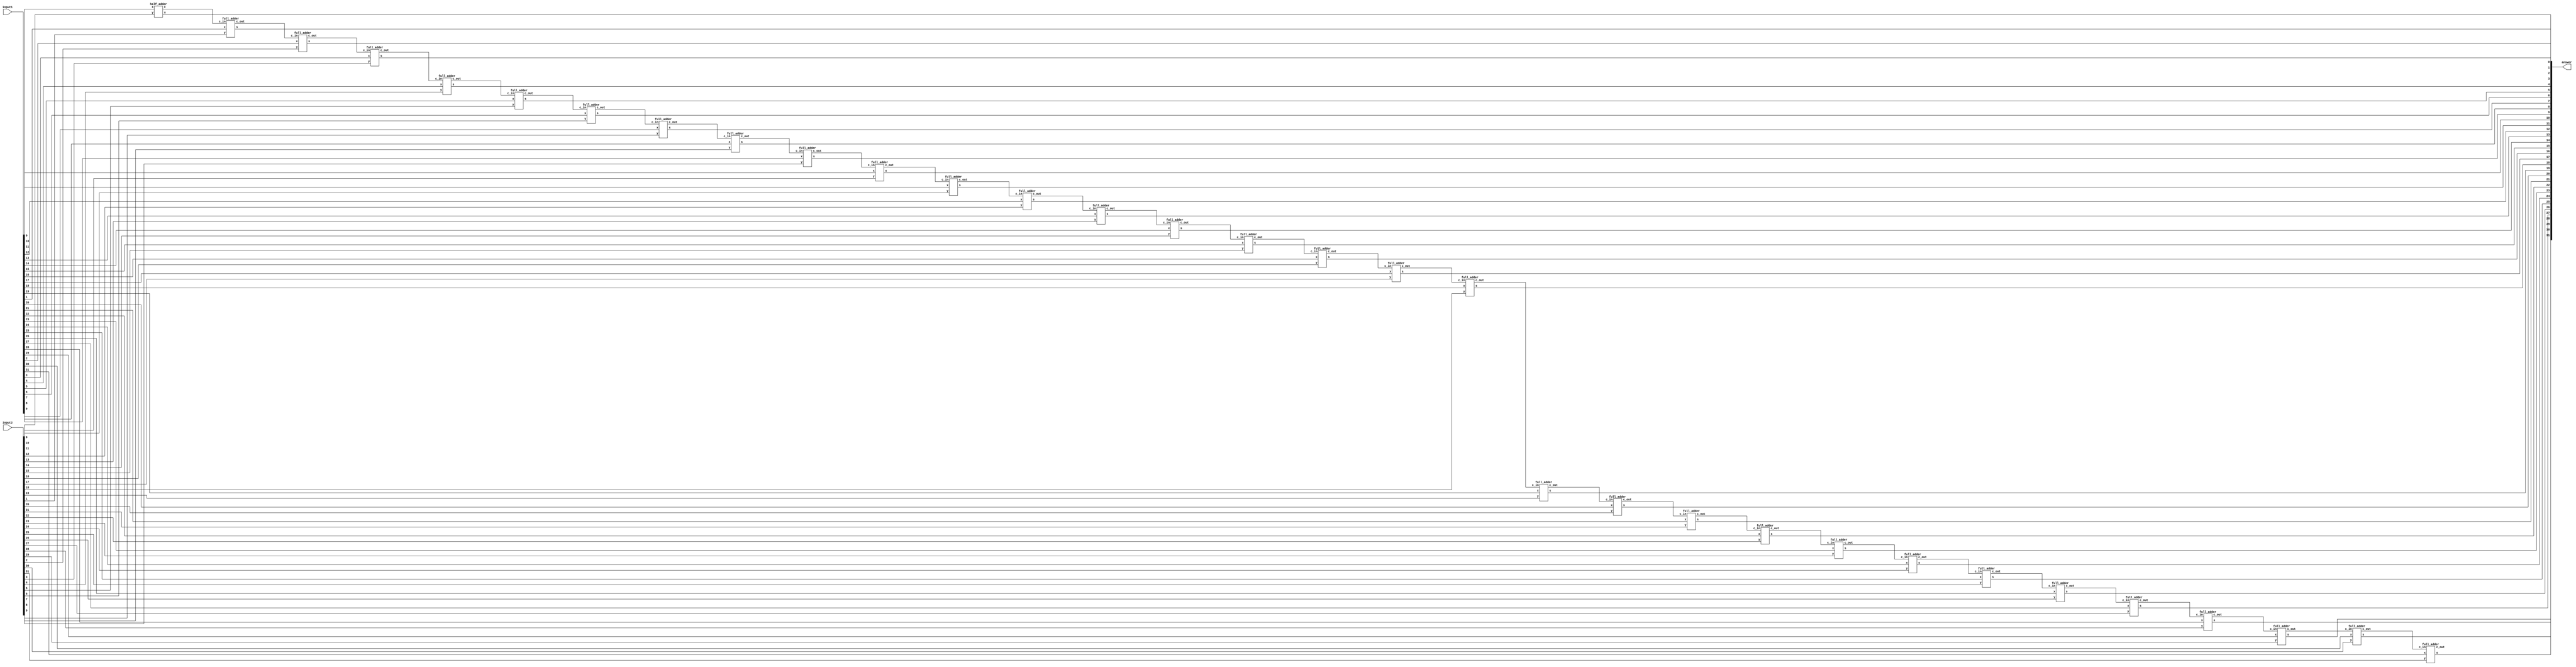
// fpga4student.com: FPGA projects, Verilog projects, VHDL projects
// Verilog project: Verilog code for N-bit Adder
// Top Level Verilog code for N-bit Adder using Structural Modeling
module N_bit_adder(input1,input2,answer);
  parameter N=32;
  input [N-1:0] input1,input2;
  output [N-1:0] answer;
  wire  carry_out;
  wire [N-1:0] carry;
  genvar i;
  generate
    for(i=0;i<N;i=i+1)
    begin: generate_N_bit_Adder
      if(i==0)
        half_adder f(input1[0],input2[0],answer[0],carry[0]);
      else
        full_adder f(input1[i],input2[i],carry[i-1],answer[i],carry[i]);
    end
    assign carry_out = carry[N-1];
  endgenerate
endmodule

// fpga4student.com: FPGA projects, Verilog projects, VHDL projects
// Verilog project: Verilog code for N-bit Adder
// Verilog code for half adder
module half_adder(x,y,s,c);
  input x,y;
  output s,c;
  assign s=x^y;
  assign c=x&y;
endmodule // half adder

// fpga4student.com: FPGA projects, Verilog projects, VHDL projects
// Verilog project: Verilog code for N-bit Adder
// Verilog code for full adder
module full_adder(x,y,c_in,s,c_out);
  input x,y,c_in;
  output s,c_out;
  assign s = (x^y) ^ c_in;
  assign c_out = (y&c_in)| (x&y) | (x&c_in);
endmodule // full_adder